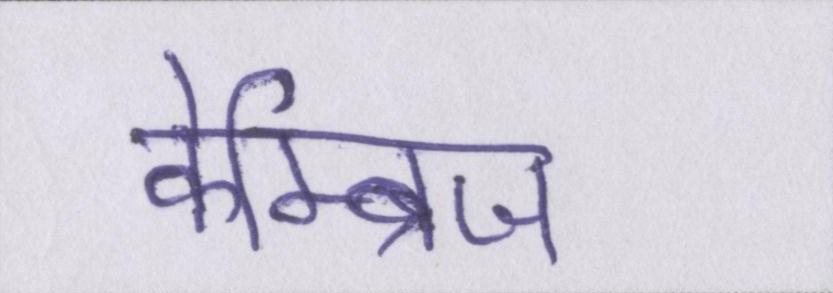
केम्ब्रिज